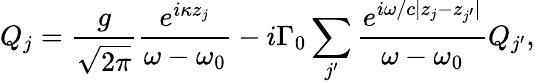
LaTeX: {Q_{j}}=\frac{g}{{\sqrt{2\pi}}}\frac{{{e^{i\kappa{z_{j}}}}}}{{\omega-{\omega_{0}}}}-i\Gamma_{0}\sum_{j^{\prime}}^{}{\frac{{{e^{i\omega/c|{z_{j}}-{z_{j^{\prime}}}|}}}}{{\omega-{\omega_{0}}}}{Q_{j^{\prime}}}},